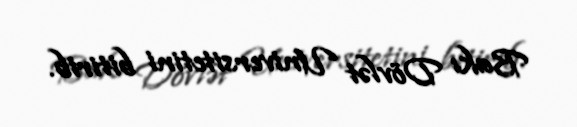
Bakı Dövlət Universitetini bitirib.